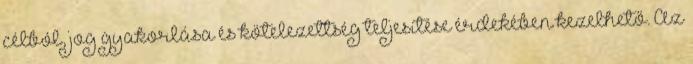
célból, jog gyakorlása és kötelezettség teljesítése érdekében kezelhető. Az